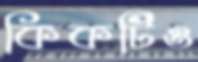
কিকটিও